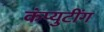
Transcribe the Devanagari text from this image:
कंप्युटींग